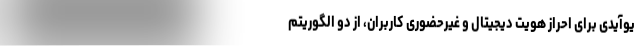
یوآیدی برای احراز هویت دیجیتال و غیرحضوری کاربران، از دو الگوریتم